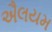
ઐલયમ